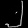
Digit: ၂